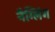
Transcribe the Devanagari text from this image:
नैग्लिंग